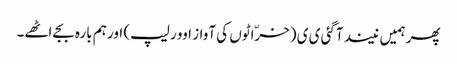
پھر ہمیں نیند آگئی ی ی (خرّاٹوں کی آواز اوور لیپ) اور ہم بارہ بجے اٹھے۔